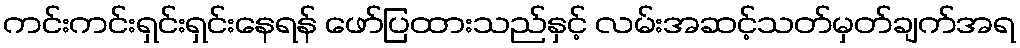
ကင်းကင်းရှင်းရှင်းနေရန် ဖော်ပြထားသည်နှင့် လမ်းအဆင့်သတ်မှတ်ချက်အရ